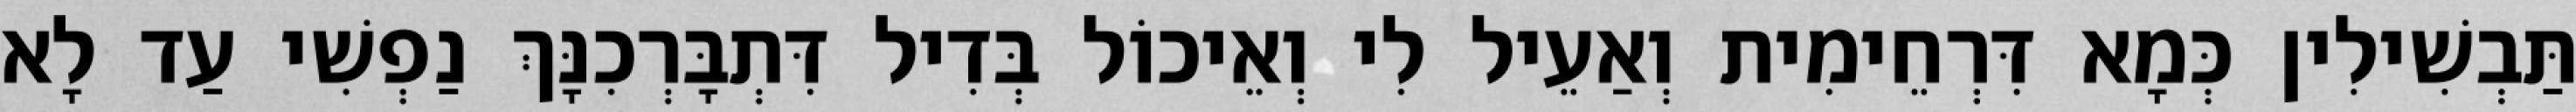
תַּבְשִׁילִין כְּמָא דִּרְחֵימִית וְאַעֵיל לִי וְאֵיכוֹל בְּדִיל דִּתְבָּרְכִנָּךְ נַפְשִׁי עַד לָא